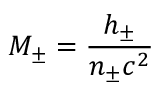
\displaystyle M _ { \pm } = \frac { h _ { \pm } } { n _ { \pm } c ^ { 2 } }